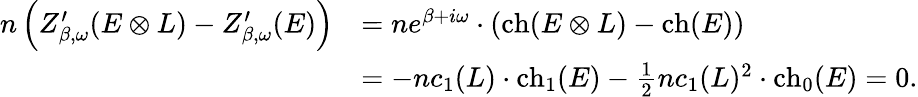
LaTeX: \begin{array}{rl}{n\left(Z_{\beta,\omega}^{\prime}(E\otimes L)-Z_{\beta,\omega}^{\prime}(E)\right)}&{=ne^{\beta+i\omega}\cdot\left(\mathrm{ch}(E\otimes L)-\mathrm{ch}(E)\right)}\\ &{=-nc_{1}(L)\cdot\mathrm{ch}_{1}(E)-\frac{1}{2}nc_{1}(L)^{2}\cdot\mathrm{ch}_{0}(E)=0.}\end{array}